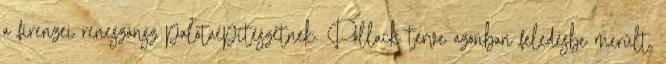
a firenzei reneszánsz palotaépítészetnek. Pollack terve azonban feledésbe merült,